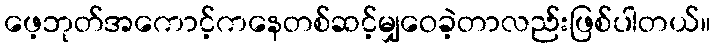
ဖေ့ဘုတ်အကောင့်ကနေတစ်ဆင့်မျှဝေခဲ့တာလည်းဖြစ်ပါတယ်။